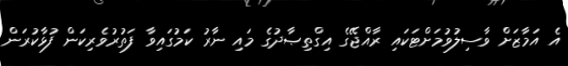
އެ އަމާޒަށް ވާސިލުވުމަށްޓަކައި ރާއްޖޭގެ އިގްތިޞާދުގެ މައި ނާރު ކަމުގައިވާ ފަތުރުވެރިކަން ފުޅާކުުރަން